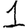
Digit: 1